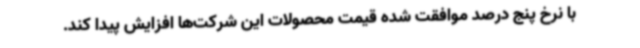
با نرخ پنج درصد موافقت شده قیمت محصولات این شرکت‌ها افزایش پیدا کند.